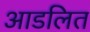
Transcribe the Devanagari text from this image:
आडलित